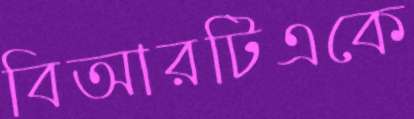
বিআরটিএকে